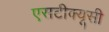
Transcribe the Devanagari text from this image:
एसटीक्यूसी